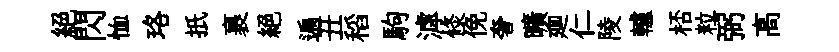
絶閃恤珞扺裹絕遍丑稻駒滹倐俛奢曠廽仁陵轤桮粒弼高